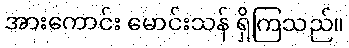
အားကောင်း မောင်းသန် ရှိကြသည်။